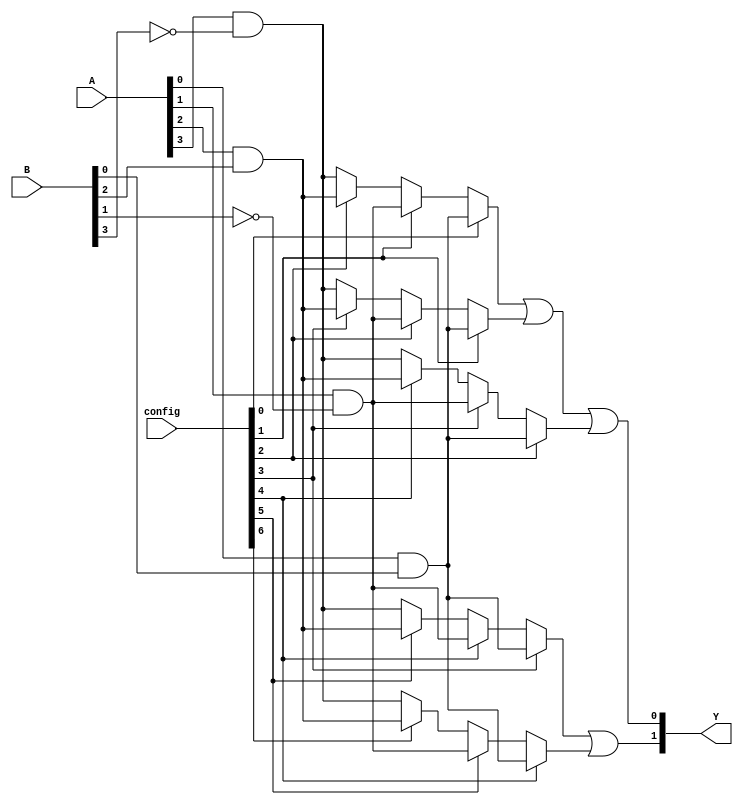
module FusedPAL (
    input wire [N-1:0] A,    // Input lines
    input wire [M-1:0] B,    // Additional input lines if needed
    input wire [CONFIG_WIDTH-1:0] config,  // Configuration for programming AND array
    output wire [P-1:0] Y     // Output lines
);

// Parameters
parameter N = 4;            // Number of input lines
parameter M = 4;            // Additional input lines
parameter P = 2;            // Number of outputs
parameter AND_COUNT = 8;    // Number of AND gates
parameter CONFIG_WIDTH = 12; // Configuration bits for AND gates

// Programmable AND gates
wire [AND_COUNT-1:0] and_out;

// Example of programmable connections
genvar i;
generate
    for (i = 0; i < AND_COUNT; i = i + 1) begin: and_array
        assign and_out[i] = (config[i] == 1'b1) ? (A[0] & B[0]) :
                             (config[i+1] == 1'b1) ? (A[1] & ~B[1]) :
                             (config[i+2] == 1'b1) ? (A[2] & B[2]) :
                             (A[3] & ~B[3]); // Default case
    end
endgenerate

// Fused OR Array
wire [P-1:0] or_out;

assign or_out[0] = and_out[0] | and_out[1] | and_out[2]; // Product term for output 0
assign or_out[1] = and_out[3] | and_out[4];               // Product term for output 1

// Output assignments
assign Y = or_out;

endmodule